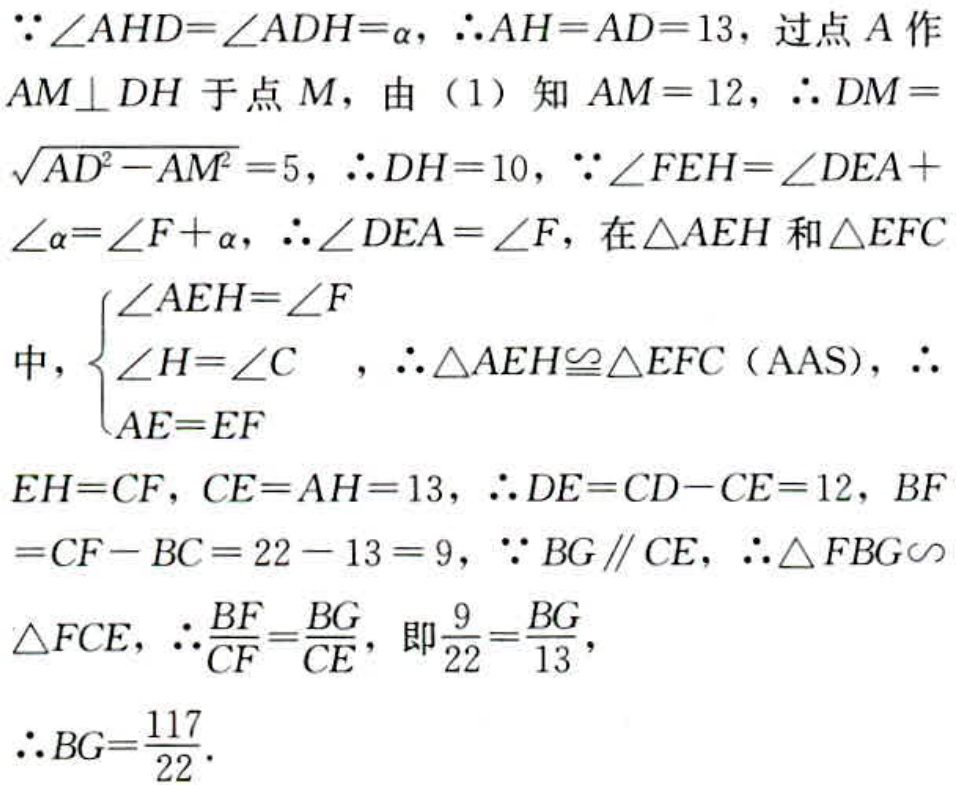
\(\because \angle AHD = \angle ADH=\alpha,\therefore AH = AD = 13\)，过点\(A\)作\(AM\perp DH\)于点\(M\)，由（1）知\(AM = 12\)，\(\therefore DM=\sqrt{AD^{2}-AM^{2}} = 5\)，\(\therefore DH = 10\)，\(\because \angle FEH=\angle DEA+\angle \alpha=\angle F+\alpha\)，\(\therefore \angle DEA=\angle F\)，在\(\triangle AEH\)和\(\triangle EFC\)
中，\(\begin{cases}
\angle AEH=\angle F\\
\angle H=\angle C\\
AE = EF
\end{cases}\)，\(\therefore \triangle AEH\cong\triangle EFC\)（AAS），\(\therefore\)
\(EH = CF\)，\(CE = AH = 13\)，\(\therefore DE = CD - CE = 12\)，\(BF=CF - BC = 22 - 13 = 9\)，\(\because BG\parallel CE\)，\(\therefore \triangle FBG\sim\triangle FCE\)，\(\therefore \frac{BF}{CF}=\frac{BG}{CE}\)，即\(\frac{9}{22}=\frac{BG}{13}\)，
\(\therefore BG=\frac{117}{22}\).